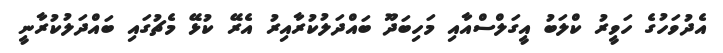
އެދުވަހުގެ ހަވީރު ކްލަބު އީގަލްސްއާއި މަހިބަދޫ ބައްދަލުކުރާއިރު އެރޭ ކުޅޭ މެޗުގައި ބައްދަލުކުރާނީ